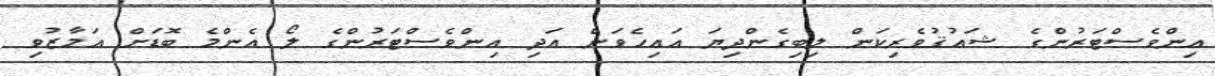
އިންވެސްޓަރުންގެ ޝައުޤުވެރިކަން ލިބިގެންދިޔަ އައިހެވަން އަދި އިންވެސްޓަރުންގެ ލޯ އެންމެ ބޮޑަށް އަމާޒުވި